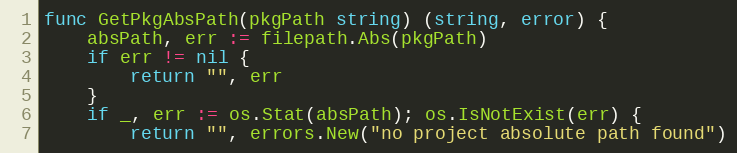
Language: Go
func GetPkgAbsPath(pkgPath string) (string, error) {
	absPath, err := filepath.Abs(pkgPath)
	if err != nil {
		return "", err
	}
	if _, err := os.Stat(absPath); os.IsNotExist(err) {
		return "", errors.New("no project absolute path found")